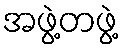
အဖွဲ့တဖွဲ့